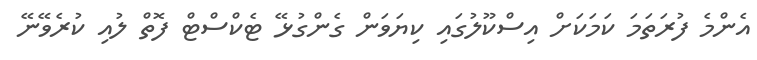
އެންމެ ފުރަތަމަ ކަމަކަށް އިސްކޫލުގައި ކިޔަވަން ގެންގުޅޭ ޓެކްސްޓް ފޮތް ލުއި ކުރެވޭނޭ